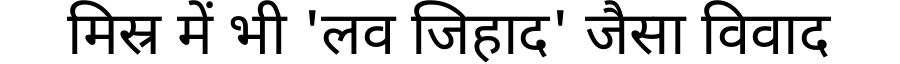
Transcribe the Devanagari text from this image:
मिस्र में भी 'लव जिहाद' जैसा विवाद